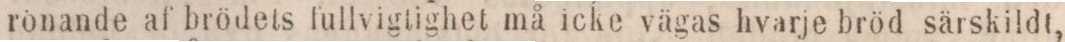
rönande af brödets fullvigtighet må icke vägas hvarje bröd särskildt,